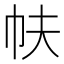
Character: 㠸